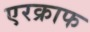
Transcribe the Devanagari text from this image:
एरक्राफ